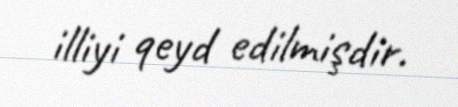
illiyi qeyd edilmişdir.